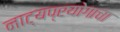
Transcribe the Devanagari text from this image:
नाट्यप्रयोगाचा